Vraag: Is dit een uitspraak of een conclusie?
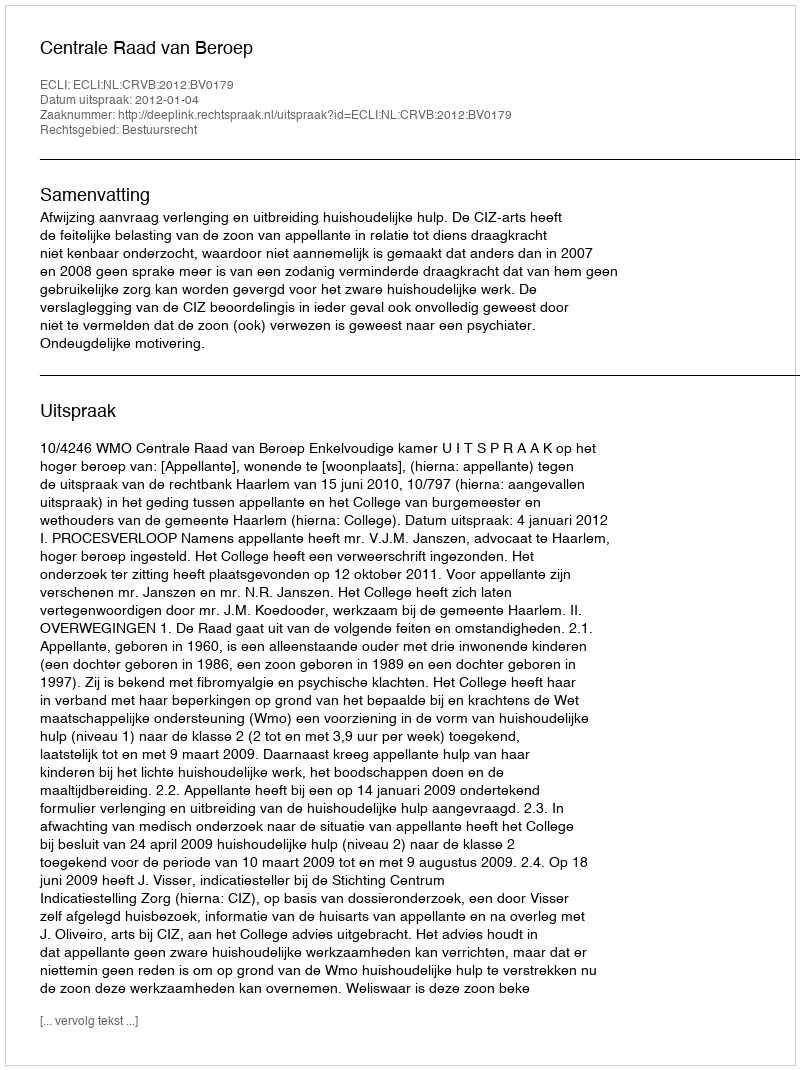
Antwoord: Uitspraak